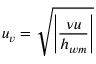
u _ { v } = \sqrt { \left| \frac { \nu u } { h _ { w m } } \right| }